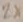
Text: 2x